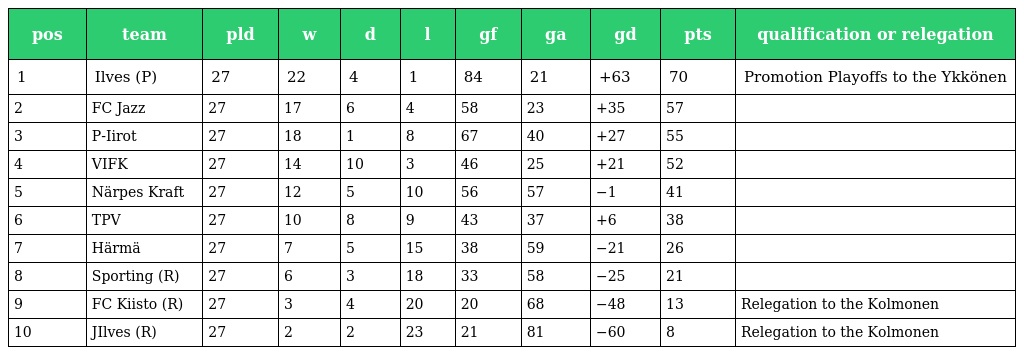
| pos | team | pld | w | d | l | gf | ga | gd | pts | qualification or relegation |
 | --- | --- | --- | --- | --- | --- | --- | --- | --- | --- | --- |
 | 1 | Ilves (P) | 27 | 22 | 4 | 1 | 84 | 21 | +63 | 70 | Promotion Playoffs to the Ykkönen |
 | 2 | FC Jazz | 27 | 17 | 6 | 4 | 58 | 23 | +35 | 57 |  |
 | 3 | P-Iirot | 27 | 18 | 1 | 8 | 67 | 40 | +27 | 55 |  |
 | 4 | VIFK | 27 | 14 | 10 | 3 | 46 | 25 | +21 | 52 |  |
 | 5 | Närpes Kraft | 27 | 12 | 5 | 10 | 56 | 57 | −1 | 41 |  |
 | 6 | TPV | 27 | 10 | 8 | 9 | 43 | 37 | +6 | 38 |  |
 | 7 | Härmä | 27 | 7 | 5 | 15 | 38 | 59 | −21 | 26 |  |
 | 8 | Sporting (R) | 27 | 6 | 3 | 18 | 33 | 58 | −25 | 21 |  |
 | 9 | FC Kiisto (R) | 27 | 3 | 4 | 20 | 20 | 68 | −48 | 13 | Relegation to the Kolmonen |
 | 10 | JIlves (R) | 27 | 2 | 2 | 23 | 21 | 81 | −60 | 8 | Relegation to the Kolmonen |